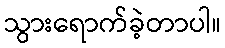
သွားရောက်ခဲ့တာပါ။